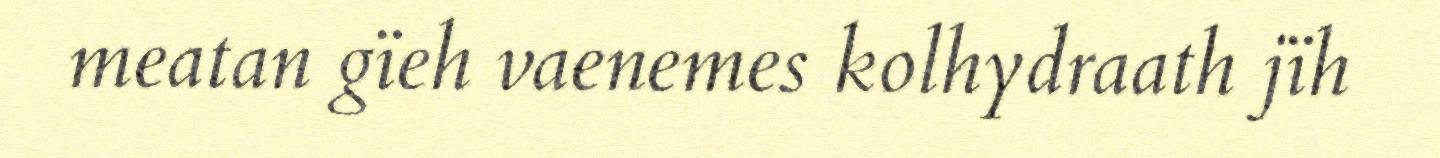
meatan gïeh vaenemes kolhydraath jïh